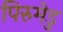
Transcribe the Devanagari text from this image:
पिरुमेडु